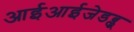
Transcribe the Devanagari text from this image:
आईआईजेडब्लू